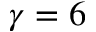
\gamma = 6